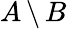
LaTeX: A\, \backslash\, B